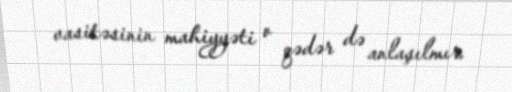
vasitəsinin mahiyyəti o qədər də anlaşılmır.